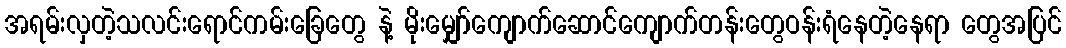
အရမ်းလှတဲ့သလင်းရောင်ကမ်းခြေတွေ နဲ့ မိုးမျှော်ကျောက်ဆောင်ကျောက်တန်းတွေဝန်းရံနေတဲ့နေရာ တွေအပြင်